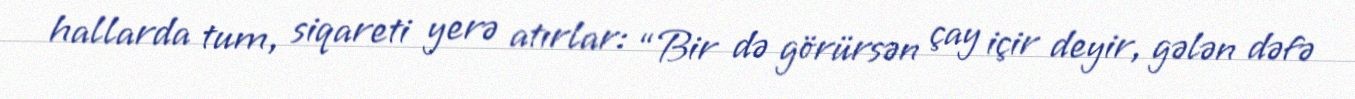
hallarda tum, siqareti yerə atırlar: “Bir də görürsən çay içir deyir, gələn dəfə